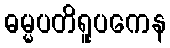
ဓမ္မပတိရူပကေန